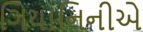
ગિયાનિનીએ